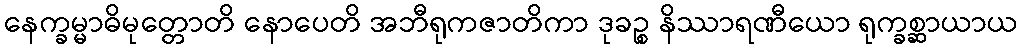
နေက္ခမ္မာဓိမုတ္တောတိ နောပေတိ အဘီရုကဇာတိကာ ဒုခဉ္စ နိဿာရဏီယော ရုက္ခစ္ဆာယာယ